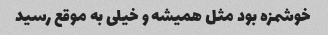
خوشمزه بود مثل همیشه و خیلی به موقع رسید